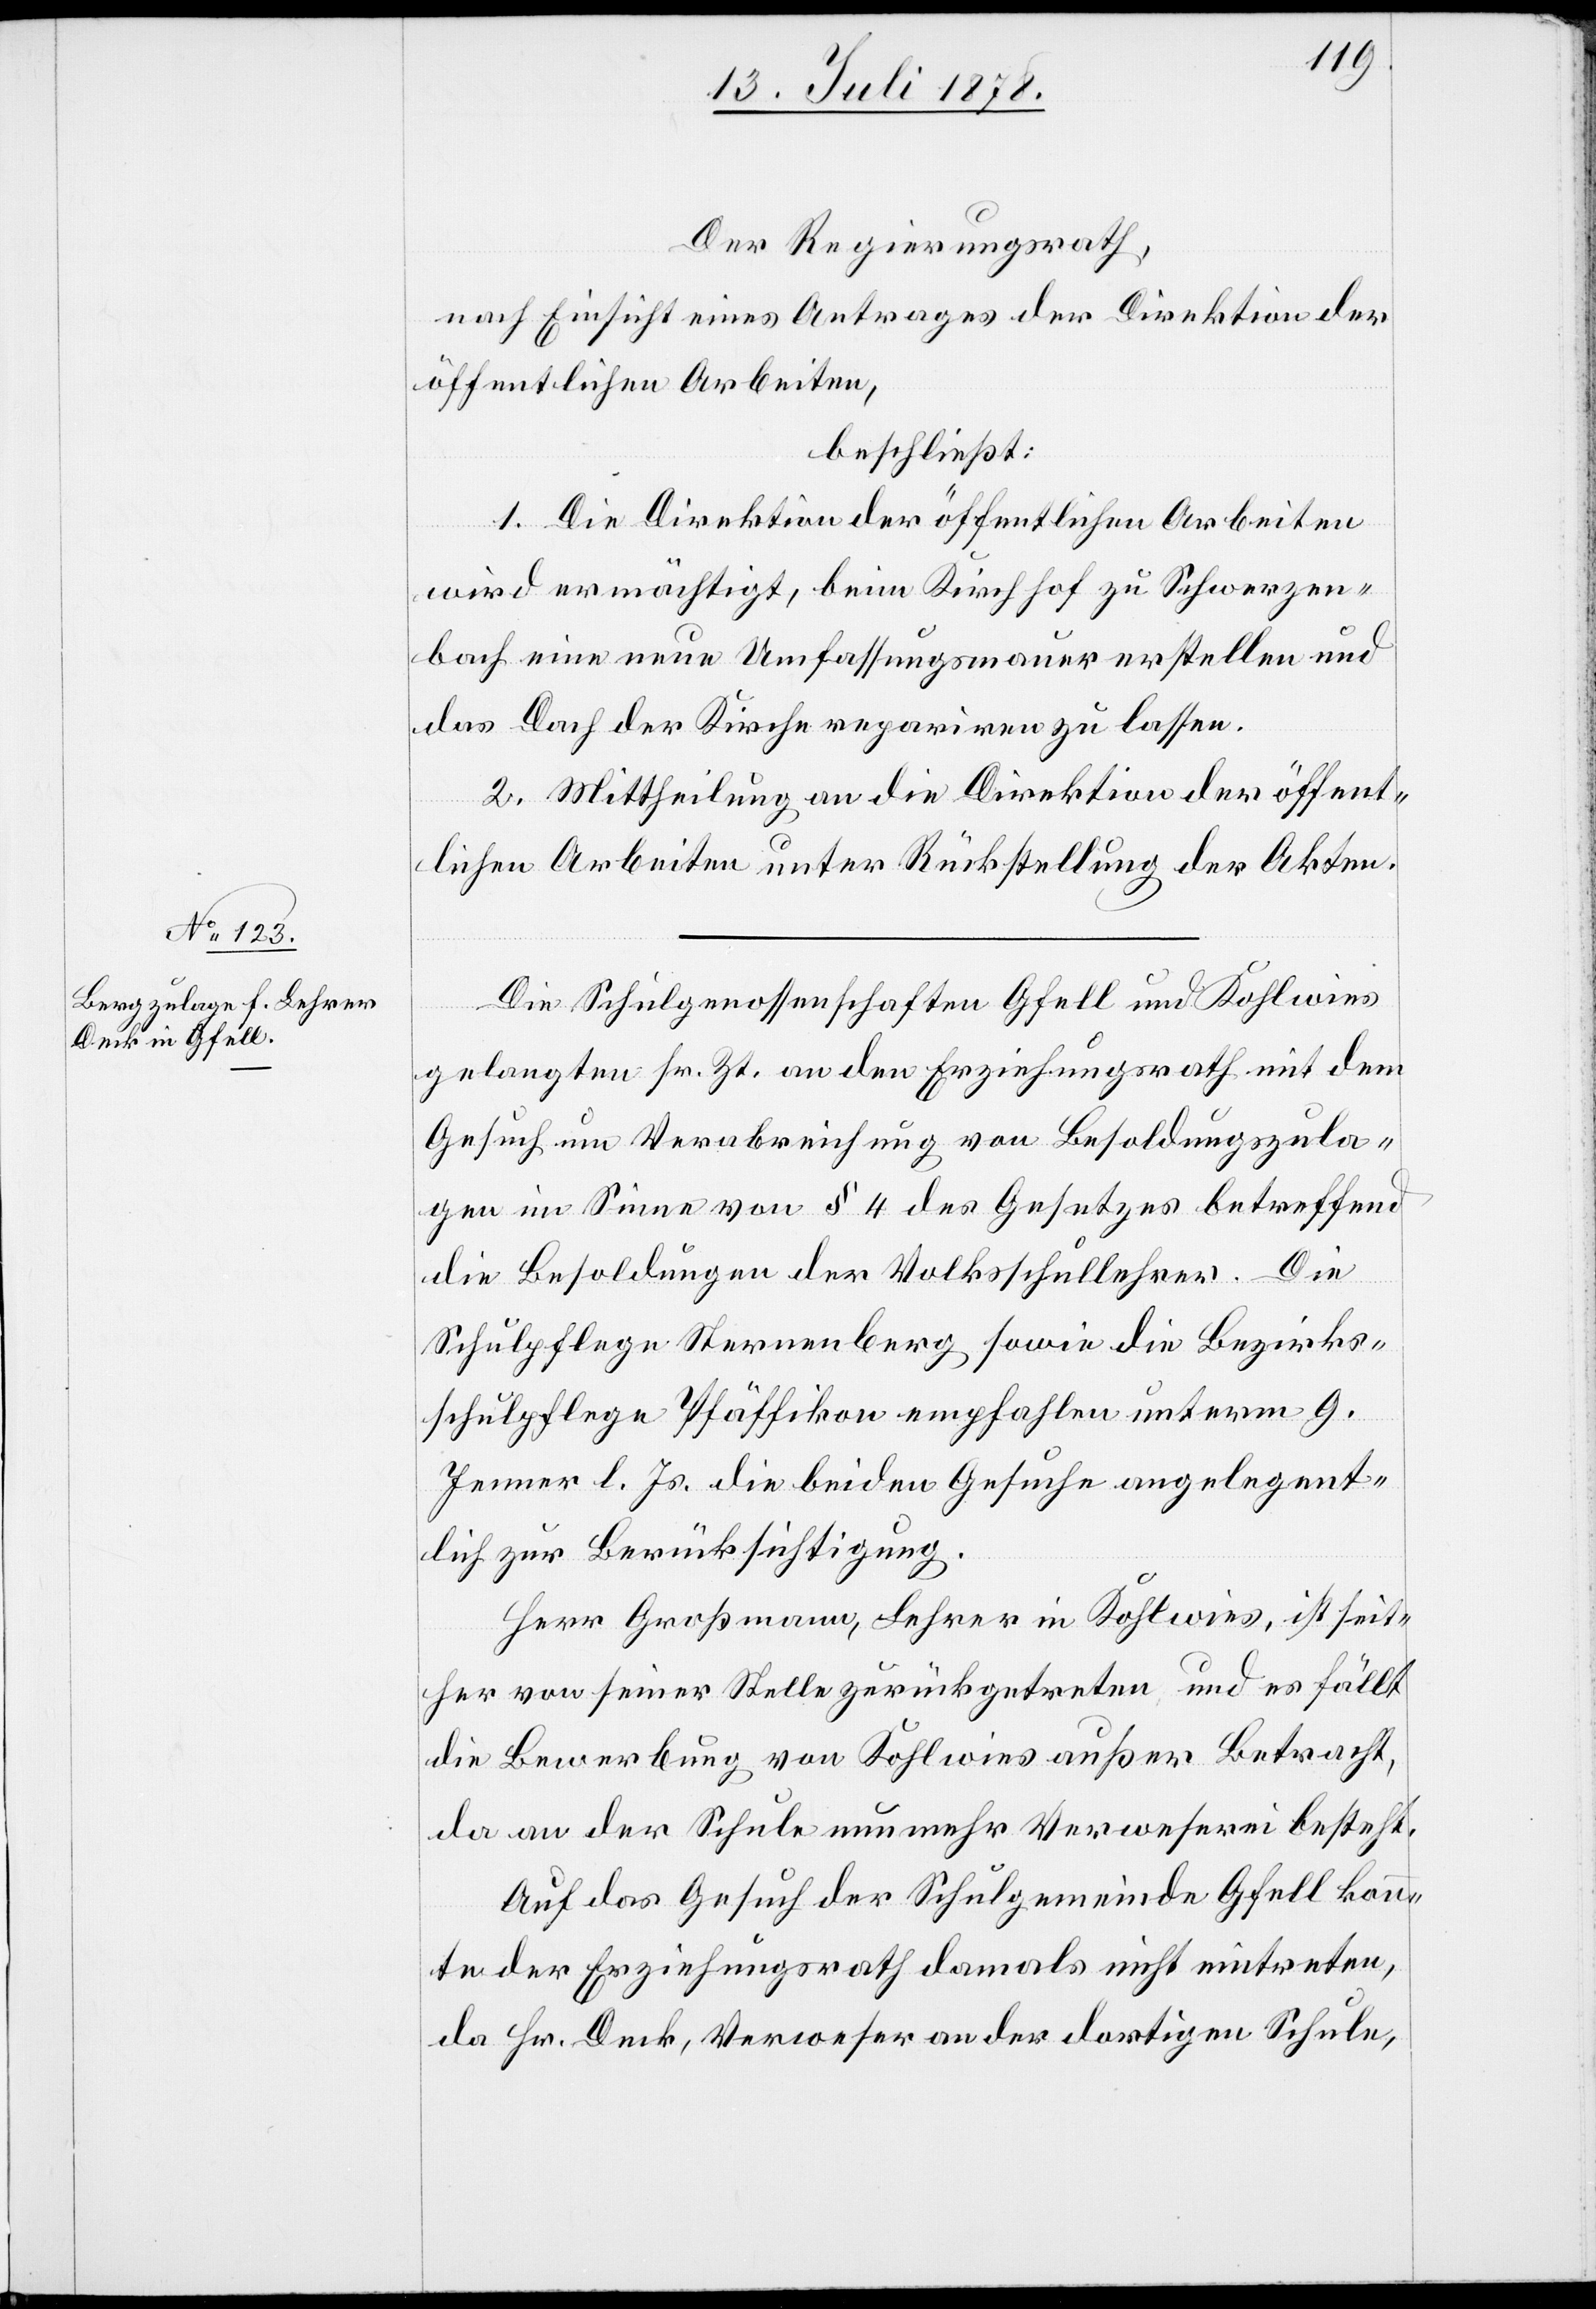
Der Regierungsrath,
nach Einsicht eines Antrages der Direktion der
öffentlichen Arbeiten,
beschließt:
1. Die Direktion der öffentlichen Arbeiten
wird ermächtigt, beim Kirchhof zu Schwerzen¬
bach eine neue Umfassungsmauer erstellen und
das Dach der Kirche repariren zu lassen.
2. Mittheilung an die Direktion der öffent¬
lichen Arbeiten unter Rückstellung der Akten.
Die Schulgenossenschaften Gfell und Kohlwies
gelangten sr. Zt. an den Erziehungsrath mit dem
Gesuch um Verabreichung von Besoldungszula¬
gen im Sinne von § 4 des Gesetzes betreffend
die Besoldungen der Volksschullehrer. Die
Schulpflege Sternenberg sowie die Bezirks¬
schulpflege Pfäffikon empfahlen unterm 9.
Jenner l. Js. die beiden Gesuche angelegent¬
lich zur Berücksichtigung.
Herr Großmann, Lehrer in Kohlwies, ist seit¬
her von seiner Stelle zurückgetreten und es fällt
die Bewerbung von Kohlwies außer Betracht,
da an der Schule nunmehr Verweserei bestehe.
Auf das Gesuch der Schulgemeinde Gfell konn¬
te der Erziehungsrath damals nicht eintreten,
da Hr. Deck, Verweser an der dortigen Schule,